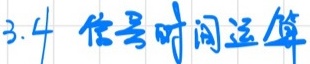
3.4 信号时间运算